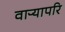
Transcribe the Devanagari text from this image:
वाऱ्यापरि